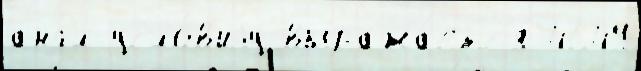
англ усло́в'иjу выража́етс'я 4649